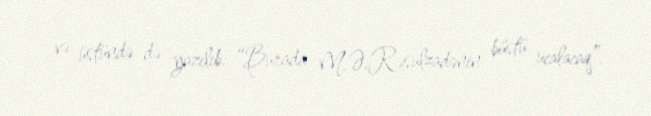
və üstündə də yazılıb: “Burada M.Ə.Rəsulzadənin büstü ucalacaq”.